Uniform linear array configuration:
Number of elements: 12
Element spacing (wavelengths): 1
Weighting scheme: cosine
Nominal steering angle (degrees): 0
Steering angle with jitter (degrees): -1.556
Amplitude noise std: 0.05
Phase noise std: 0.05

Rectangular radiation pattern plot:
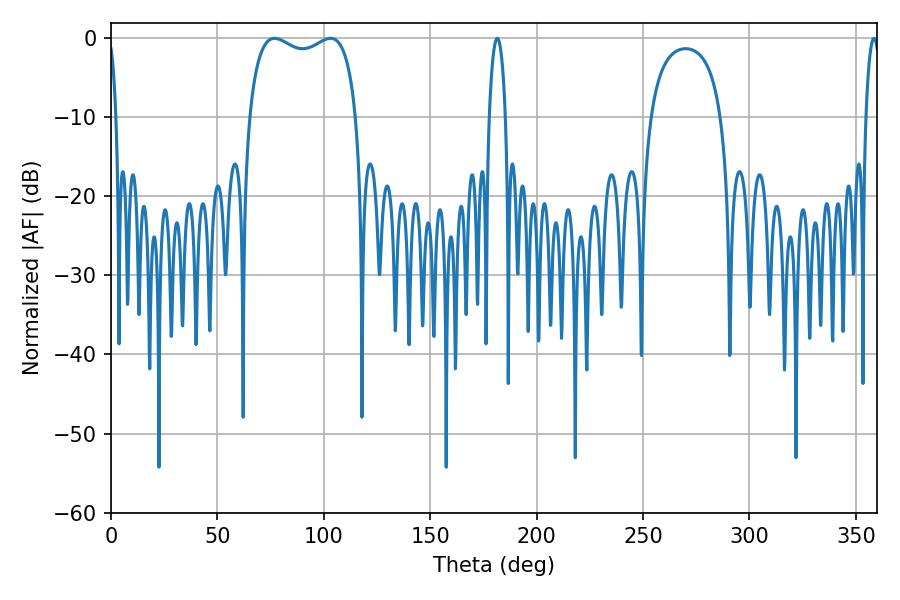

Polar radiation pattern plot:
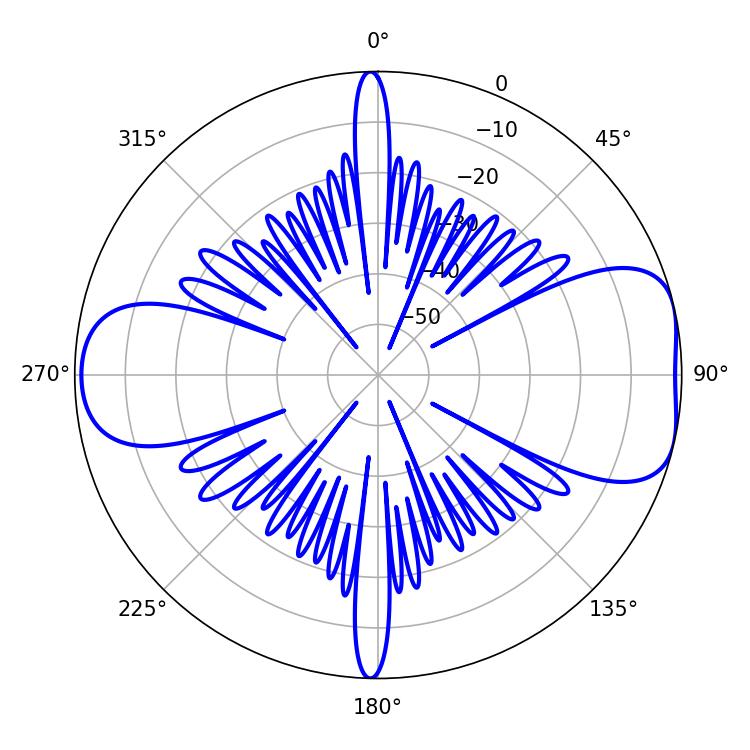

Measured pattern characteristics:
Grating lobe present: TRUE
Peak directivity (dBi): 7.564
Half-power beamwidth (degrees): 41.4
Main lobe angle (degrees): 76.86